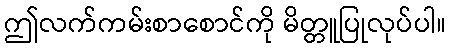
ဤလက်ကမ်းစာစောင်ကို မိတ္တူပြုလုပ်ပါ။